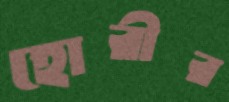
হোরীর